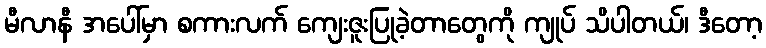
မီလာနီ အပေါ်မှာ စကားလက် ကျေးဇူးပြုခဲ့တာတွေကို ကျုပ် သိပါတယ်၊ ဒီတော့